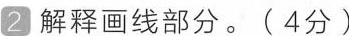
2解释画线部分。(4分)